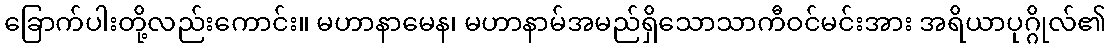
ခြောက်ပါးတို့လည်းကောင်း။ မဟာနာမေန၊ မဟာနာမ်အမည်ရှိသောသာကီဝင်မင်းအား အရိယာပုဂ္ဂိုလ်၏